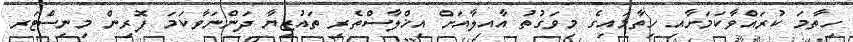
ހިތާމަ ކުރައްވާކަމަށާއި ހިތާމައިގެ މިވަގުތު އާއިލާއަށް އިޚްލާސްތެރި ތައުޒިޔާ ދަންނަވާކަމަ ފޮރިން މިނިސްޓަރ